Rakvere_kinnistusamet, lk 51
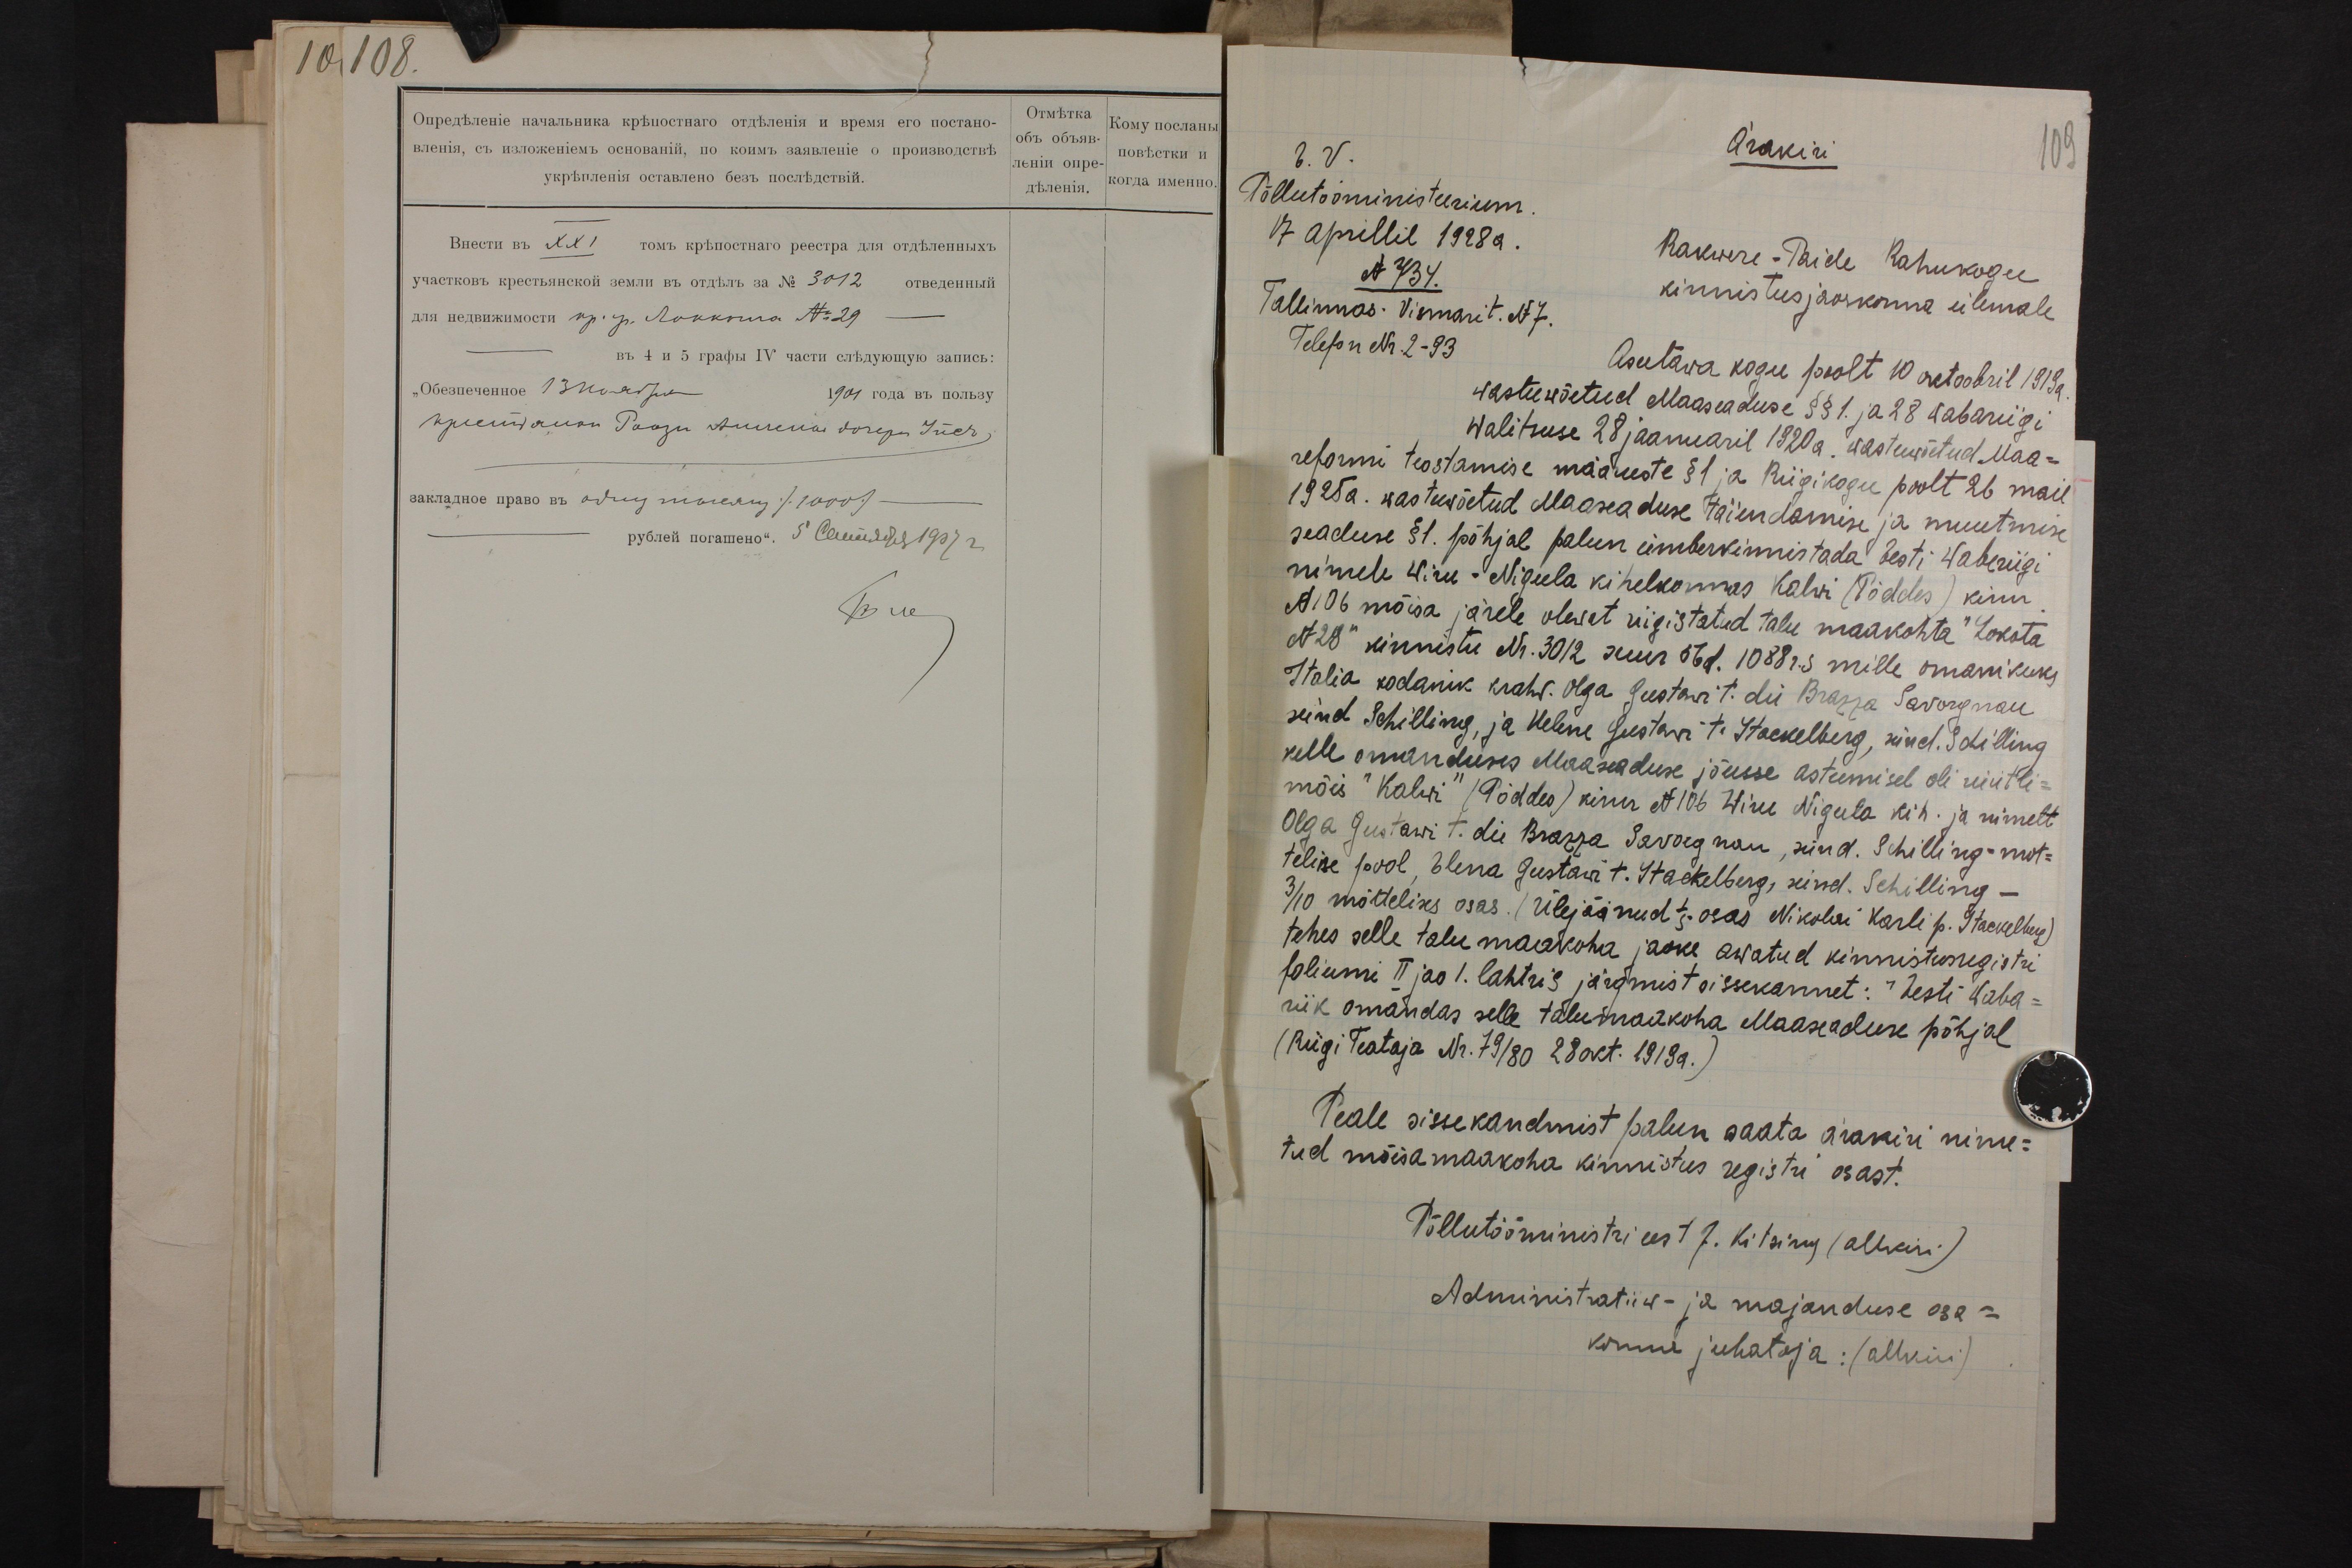
E.V.
Põllutööministeerium,
17 aprillil 1928 a.
N 734.
Tallinnas. Vismari t. N 7.
Telefon Nr. 2-93

Ärakiri
109
Rakwere-Paide Rahukogu
kinnistusjaoskonna ülemale
Asutawa kogu poolt 10 oktoobril 1919 a.
wastu wõetud Maaseaduse §§ 1. ja 28 Wabariigi
Walitsuse 28 jaanuaril 1920 a. wastuwõetud Maa-
reformi teostamise määruste § 1 ja Riigikogu poolt 26 mail
1925a. wastuwõetud Maaseaduse täiendamise ja muutmise
seaduse § 1. põhjal palun ümberkinnistada Eesti Wabariigi
nimele Wiru-Nigula kihelkonnas Kalwi (Pöddes) kinn.
N 106 mõisa järele olewat riigistatud talu maakohta "Lokota
N 28" kinnistu Nr. 30/2 suur 56 d. 1088 r.s mille omanikuks
Italia kodanik krahv. Olga Gustawi t. die Brazza Savorgnan
sünd Schilling, ja Helene Gustavi t. Stackelberg, snd. Schilling
kelle omanduses Maaseaduse jõusse astumisel oli rüütli-
mõis "Kalwi" (Pöddes) kinn N 106 Wiru Nigula kih. ja nimelt
Olga Gustawi t. die Brazza Savorgnan, sünd. Schilling - mot-
teline pool, Elena Gustawi t. Stackelberg, sünd. Schilling -
3/10 mõttelises osas. (Ülejäänud 1/5 osas Nikolai Karli p. Stackelberg)
tehes selle talu maakoha jaoks awatud kinnistusegistri
foliumi II jao I. lahtris järgmist sissekannet: "Eesti Waba-
riik omandas selle talumaakoha Maaseaduse põhjal
(Riigi Teataja Nr. 79/80 28 okt. 1919 a.)
Peale sisse kandmist palun saata ärakiri nime-
tud mõisamaakoha kinnistus registri osast.
Põllutööministri eest J. Kitsing (allkiri)
Administratiiw- ja majanduse osa-
konna juhataja: (allkiri)